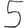
Digit: 5